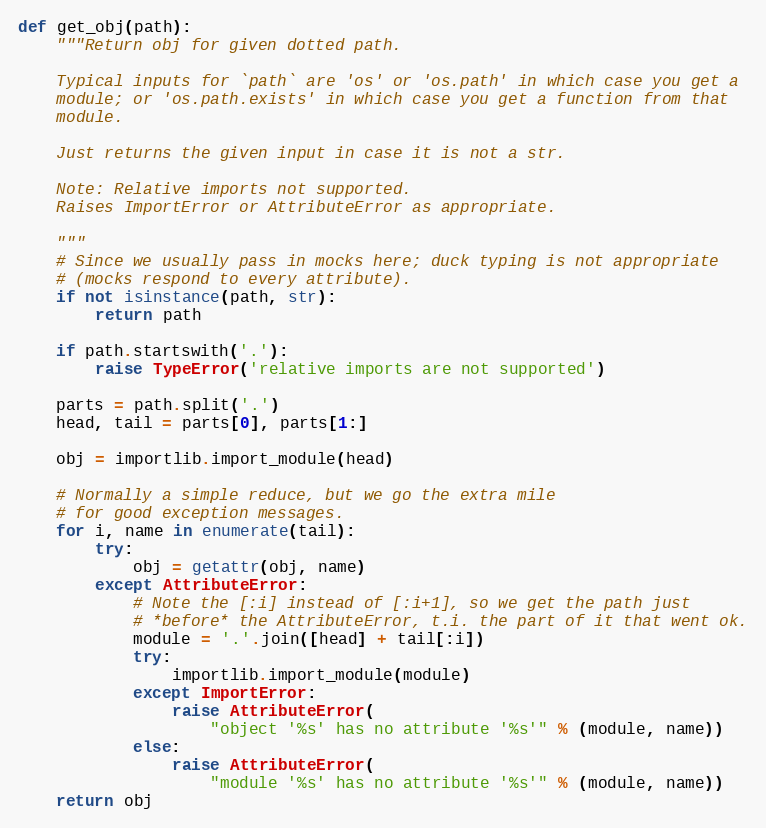
Language: Python
def get_obj(path):
    """Return obj for given dotted path.

    Typical inputs for `path` are 'os' or 'os.path' in which case you get a
    module; or 'os.path.exists' in which case you get a function from that
    module.

    Just returns the given input in case it is not a str.

    Note: Relative imports not supported.
    Raises ImportError or AttributeError as appropriate.

    """
    # Since we usually pass in mocks here; duck typing is not appropriate
    # (mocks respond to every attribute).
    if not isinstance(path, str):
        return path

    if path.startswith('.'):
        raise TypeError('relative imports are not supported')

    parts = path.split('.')
    head, tail = parts[0], parts[1:]

    obj = importlib.import_module(head)

    # Normally a simple reduce, but we go the extra mile
    # for good exception messages.
    for i, name in enumerate(tail):
        try:
            obj = getattr(obj, name)
        except AttributeError:
            # Note the [:i] instead of [:i+1], so we get the path just
            # *before* the AttributeError, t.i. the part of it that went ok.
            module = '.'.join([head] + tail[:i])
            try:
                importlib.import_module(module)
            except ImportError:
                raise AttributeError(
                    "object '%s' has no attribute '%s'" % (module, name))
            else:
                raise AttributeError(
                    "module '%s' has no attribute '%s'" % (module, name))
    return obj